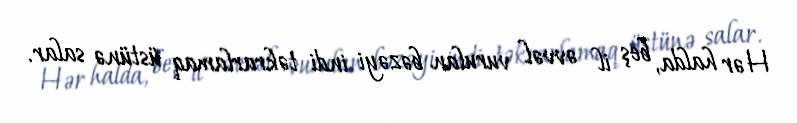
Hər halda, beş il əvvəl vurulan bəzəyi indi təkrarlamaq üstünə salar.